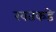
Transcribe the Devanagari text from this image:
स्वतकडे